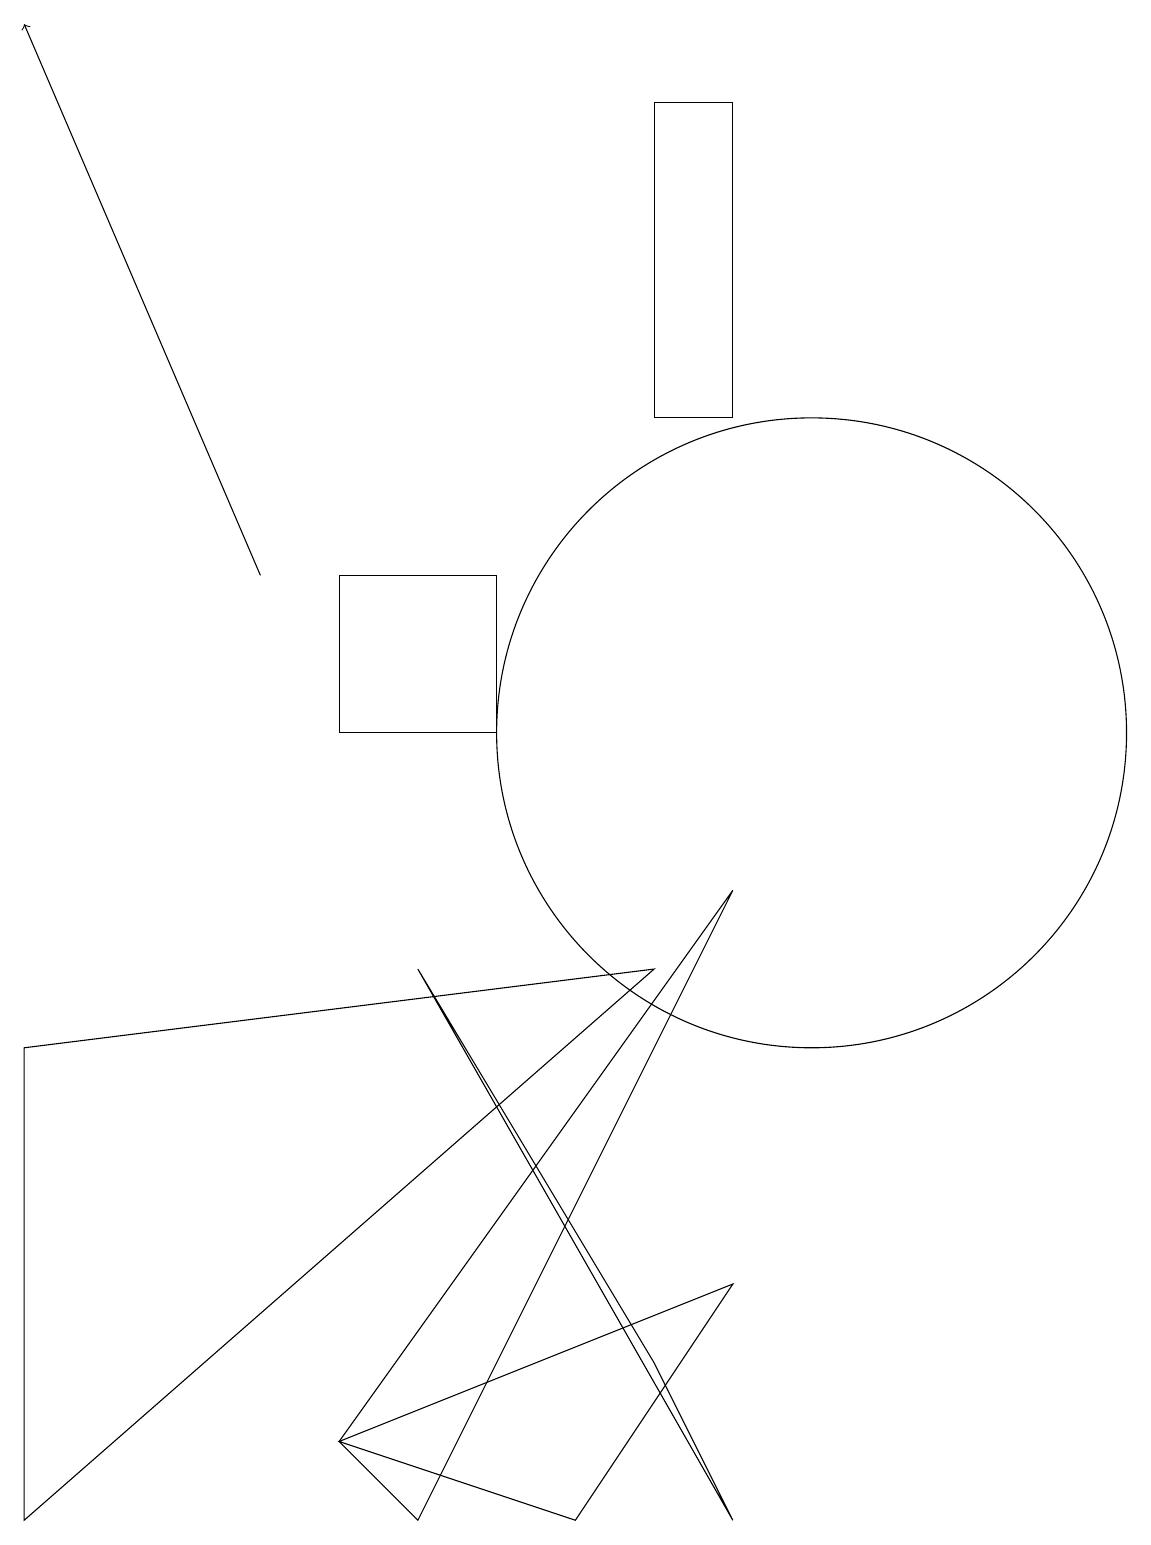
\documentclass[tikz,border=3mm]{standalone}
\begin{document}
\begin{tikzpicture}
\draw (4,1) -- (9,8) -- (5,0) -- cycle;
\draw[->] (3,12) -- (0,19);
\draw (5,7) -- (9,0) -- (8,2) -- cycle;
\draw (9,3) -- (4,1) -- (7,0) -- cycle;
\draw (9,14) rectangle (8,18);
\draw (6,12) rectangle (4,10);
\draw (0,6) -- (0,0) -- (8,7) -- cycle;
\draw (10,10) circle (4);
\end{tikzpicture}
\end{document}